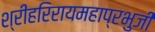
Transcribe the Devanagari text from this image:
श्रीहरिरायमहाप्रभुजी